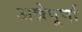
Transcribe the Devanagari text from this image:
अन्नेपूर्णा